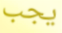
يجب